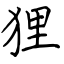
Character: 狸